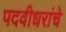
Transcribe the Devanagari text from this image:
पदवीधरांचे